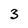
Character: 3